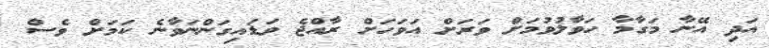
އަދި އޭނާ މަގާމާ ހަވާލުވުމަށް ވަރަށް އަވަހަށް ރާއްޖެ ވަޑައިގަންނަވާނެ ކަމަށް ވެސް